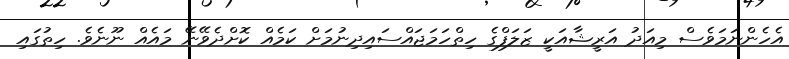
އެހެންނަމަވެސް މިއަދު އަރީޝާއަކީ ޒަލަފްގެ ހިތްހަމަޖައްސައިދިނުމަށް ކަމެއް ކޮށްދެވޭނޭ މައެއް ނޫނެވެ. ހިތުގައި